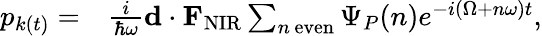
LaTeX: \begin{array}{rl}{p_{k(t)}=}&{{}\frac{i}{\hbar\omega}{\mathbf d}\cdot{\mathbf F}_{\mathrm{NIR}}\sum_{n\, \mathrm{even}}\Psi_{P}(n)e^{-i(\Omega+n\omega)t},}\end{array}